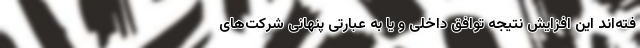
فته‌اند این افزایش نتیجه توافق داخلی و یا به عبارتی پنهانی شرکت‌های